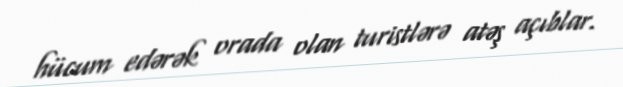
hücum edərək orada olan turistlərə atəş açıblar.